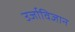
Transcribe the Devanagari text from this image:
उर्जाविज्ञान